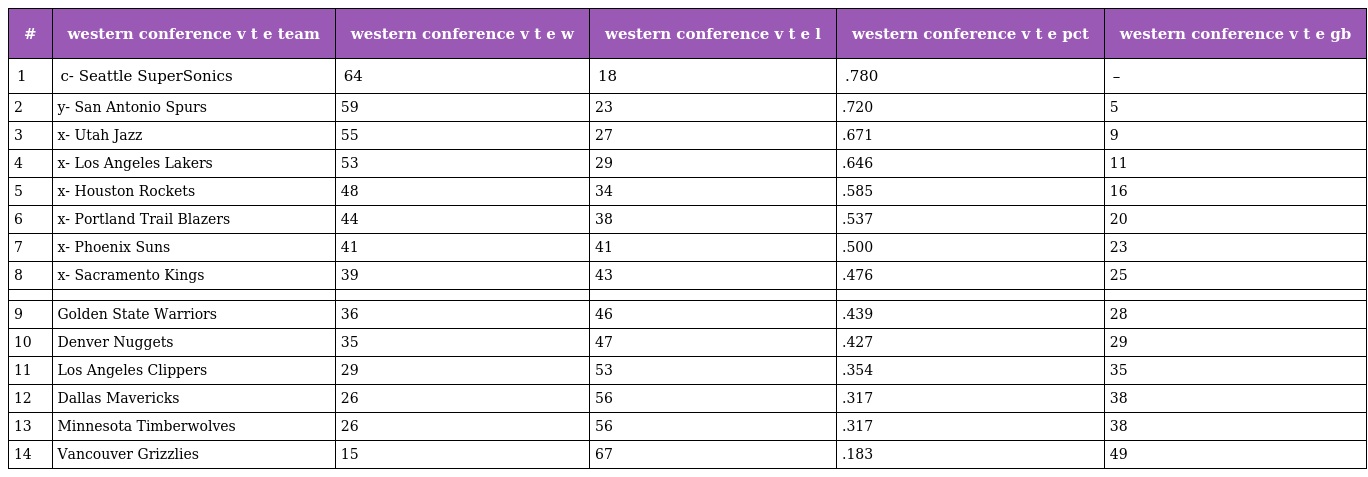
| # | western conference v t e team | western conference v t e w | western conference v t e l | western conference v t e pct | western conference v t e gb |
 | --- | --- | --- | --- | --- | --- |
 | 1 | c- Seattle SuperSonics | 64 | 18 | .780 | – |
 | 2 | y- San Antonio Spurs | 59 | 23 | .720 | 5 |
 | 3 | x- Utah Jazz | 55 | 27 | .671 | 9 |
 | 4 | x- Los Angeles Lakers | 53 | 29 | .646 | 11 |
 | 5 | x- Houston Rockets | 48 | 34 | .585 | 16 |
 | 6 | x- Portland Trail Blazers | 44 | 38 | .537 | 20 |
 | 7 | x- Phoenix Suns | 41 | 41 | .500 | 23 |
 | 8 | x- Sacramento Kings | 39 | 43 | .476 | 25 |
 |  |  |  |  |  |  |
 | 9 | Golden State Warriors | 36 | 46 | .439 | 28 |
 | 10 | Denver Nuggets | 35 | 47 | .427 | 29 |
 | 11 | Los Angeles Clippers | 29 | 53 | .354 | 35 |
 | 12 | Dallas Mavericks | 26 | 56 | .317 | 38 |
 | 13 | Minnesota Timberwolves | 26 | 56 | .317 | 38 |
 | 14 | Vancouver Grizzlies | 15 | 67 | .183 | 49 |